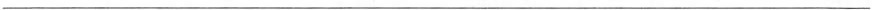
___